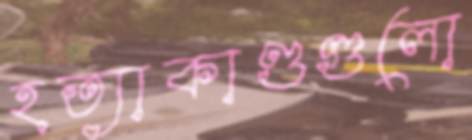
হত্যাকাণ্ডগুলো